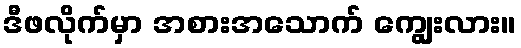
ဒီဖလိုက်မှာ အစားအသောက် ကျွေးလား။